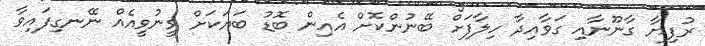
ރުފިޔާ ގާނޫނާއި ގަވާއިދާ ހިލާފަށް ބޭނުންކޮށް އެއިން ބޮޑު ބަޔަކަށް ވީނުވީއެއް ނޭނގިފައިވާ